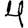
Digit: 4